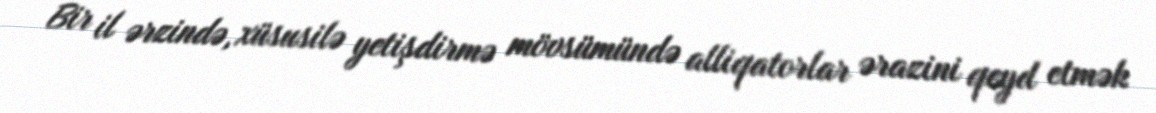
Bir il ərzində, xüsusilə yetişdirmə mövsümündə alliqatorlar ərazini qeyd etmək